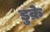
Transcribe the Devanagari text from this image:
डुक्रे